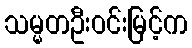
သမ္မတဦးဝင်းမြင့်က